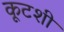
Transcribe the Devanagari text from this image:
कूटशी